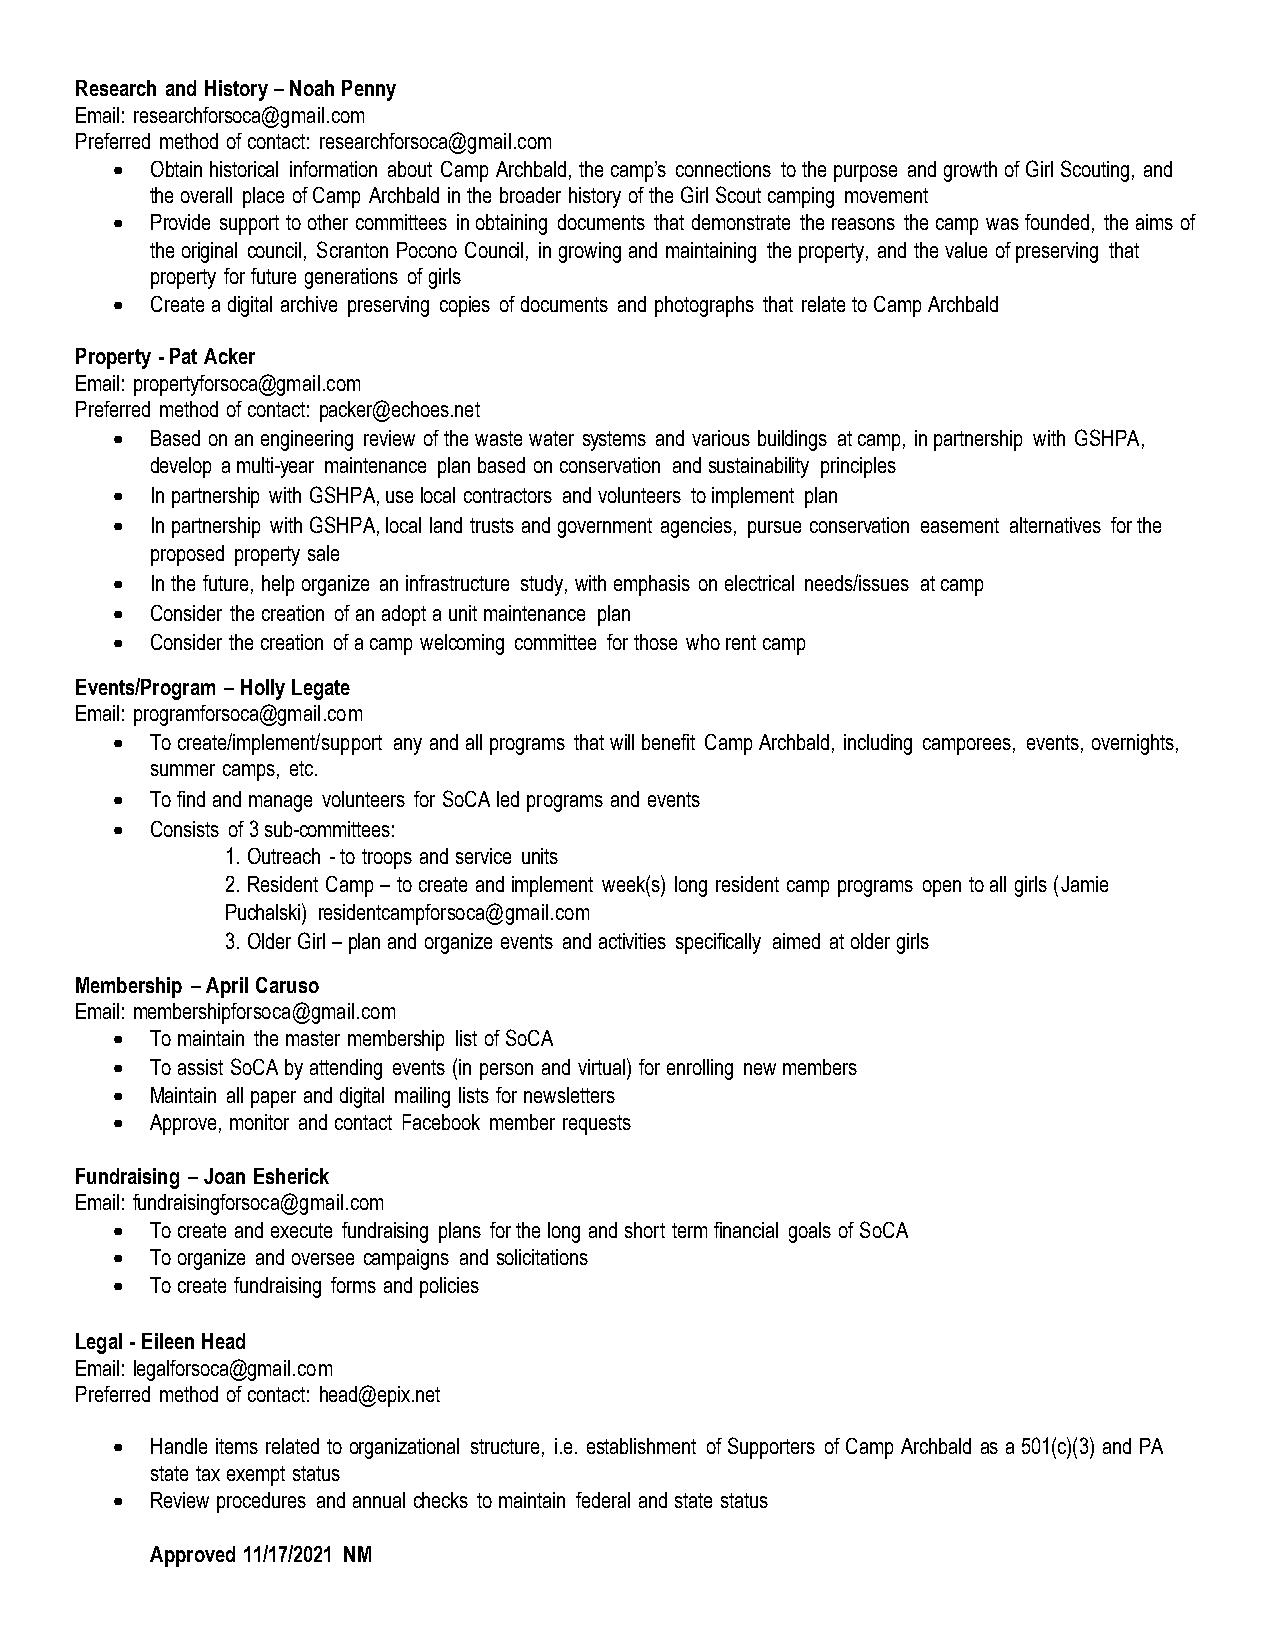
Research and History – Noah Penny
 Email: researchforsoca@gmail.com
 Preferred method of contact: researchforsoca@gmail.com
 •  Obtain historical information about Camp Archbald, the camp’s connections to the purpose and growth of Girl Scouting, and
 the overall place of Camp Archbald in the broader history of the Girl Scout camping movement
 •  Provide support to other committees in obtaining documents that demonstrate the reasons the camp was founded, the aims of
 the original council, Scranton Pocono Council, in growing and maintaining the property, and the value of preserving that
 property for future generations of girls
 •  Create a digital archive preserving copies of documents and photographs that relate to Camp Archbald
 Property - Pat Acker
 Email: propertyforsoca@gmail.com
 Preferred method of contact: packer@echoes.net
 •  Based on an engineering review of the waste water systems and various buildings at camp, in partnership with GSHPA,
 develop a multi-year maintenance plan based on conservation and sustainability principles
 •  In partnership with GSHPA, use local contractors and volunteers to implement plan
 •  In partnership with GSHPA, local land trusts and government agencies, pursue conservation easement alternatives for the
 proposed property sale
 •  In the future, help organize an infrastructure study, with emphasis on electrical needs/issues at camp
 •  Consider the creation of an adopt a unit maintenance plan
 •  Consider the creation of a camp welcoming committee for those who rent camp
 Events/Program – Holly Legate
 Email: programforsoca@gmail.com
 •  To create/implement/support any and all programs that will benefit Camp Archbald, including camporees, events, overnights,
 summer camps, etc.
 •  To find and manage volunteers for SoCA led programs and events
 •  Consists of 3 sub-committees:
 1. Outreach - to troops and service units
 2. Resident Camp – to create and implement week(s) long resident camp programs open to all girls (Jamie
 Puchalski) residentcampforsoca@gmail.com
 3. Older Girl – plan and organize events and activities specifically aimed at older girls
 Membership – April Caruso
 Email: membershipforsoca@gmail.com
 •  To maintain the master membership list of SoCA
 •  To assist SoCA by attending events (in person and virtual) for enrolling new members
 •  Maintain all paper and digital mailing lists for newsletters
 •  Approve, monitor and contact Facebook member requests
 Fundraising – Joan Esherick
 Email: fundraisingforsoca@gmail.com
 •  To create and execute fundraising plans for the long and short term financial goals of SoCA
 •  To organize and oversee campaigns and solicitations
 •  To create fundraising forms and policies
 Legal - Eileen Head
 Email: legalforsoca@gmail.com
 Preferred method of contact: head@epix.net
 •  Handle items related to organizational structure, i.e. establishment of Supporters of Camp Archbald as a 501(c)(3) and PA
 state tax exempt status
 •  Review procedures and annual checks to maintain federal and state status
 Approved 11/17/2021 NM